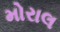
મોરાલ